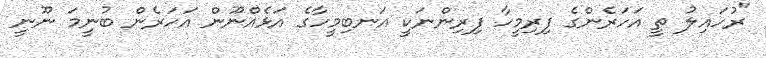
"ރުހައިލު ތީ އަހަރެންގެ ފިރިމީހާ ފިރިންނަކީ އަނބިމީހާގެ އަޅެއްނޫން އަހަރެން ބުނީމަ ނޫނީ